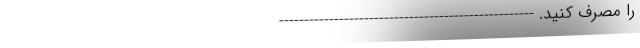
را مصرف کنید. ---------------------------------------------------